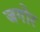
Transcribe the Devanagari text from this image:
जगोंर